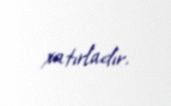
xatırladır.